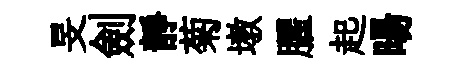
旻劍靜菊墩臞起暘